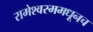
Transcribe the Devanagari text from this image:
रामेश्वरममधूनच